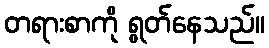
တရားစာကို ရွတ်နေသည်။